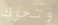
وتحرك